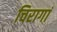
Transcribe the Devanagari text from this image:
चिरागां